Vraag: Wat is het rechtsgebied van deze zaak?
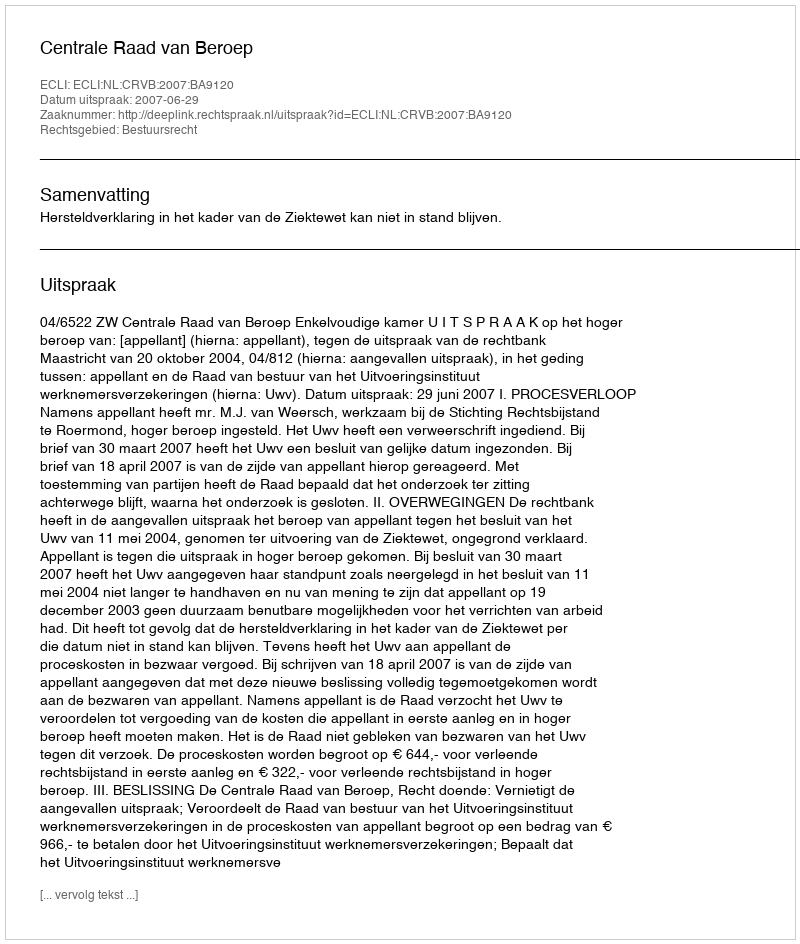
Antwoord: Bestuursrecht